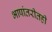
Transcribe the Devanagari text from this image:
भाषांतरीतही